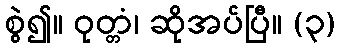
စွဲ၍။ ဝုတ္တံ၊ ဆိုအပ်ပြီ။ (၃)